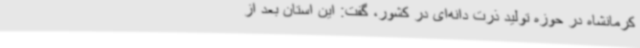
کرمانشاه در حوزه تولید ذرت دانه‌ای در کشور، گفت: این استان بعد از